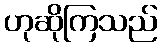
ဟုဆိုကြသည်